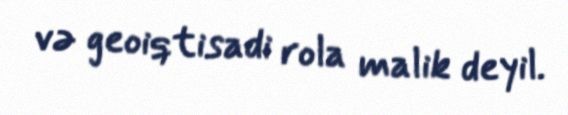
və geoiqtisadi rola malik deyil.